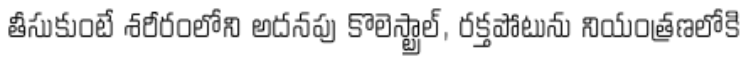
తీసుకుంటే శరీరంలోని అదనపు కొలెస్ట్రాల్, రక్తపోటును నియంత్రణలోకి